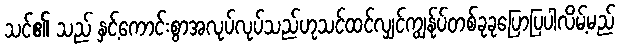
သင်၏ သည် နှင့်ကောင်းစွာအလုပ်လုပ်သည်ဟုသင်ထင်လျှင်ကျွန်ုပ်တစ်ခုခုပြောပြပါလိမ့်မည်